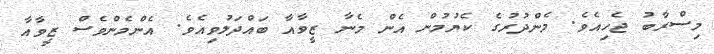
މިސްރާބު ޖެހިއެވެ. މެންދުރުގެ ކެޔުމުން އެން މެނާ ޒީވާއާ ބައްދަލުވިއެވެ. އެންމެންވެސް ޒީވާއާ